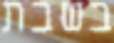
בשבת